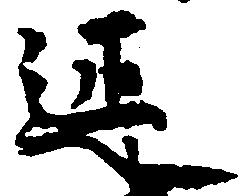
延